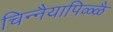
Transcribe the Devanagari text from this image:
चिन्नैयापिळ्ळै